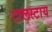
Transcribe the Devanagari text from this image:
टालस्‍टाय